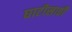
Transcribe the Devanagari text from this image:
घाटीसाठी